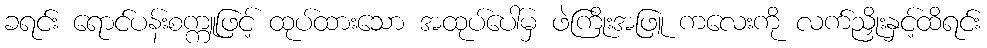
ခရင်း ရောင်ပန်းစက္ကူဖြင့် ထုပ်ထားသော အထုပ်ပေါ်မှ ဖဲကြိုးအဖြူ ကလေးကို လက်ညှိုးနှင့်ထိရင်း